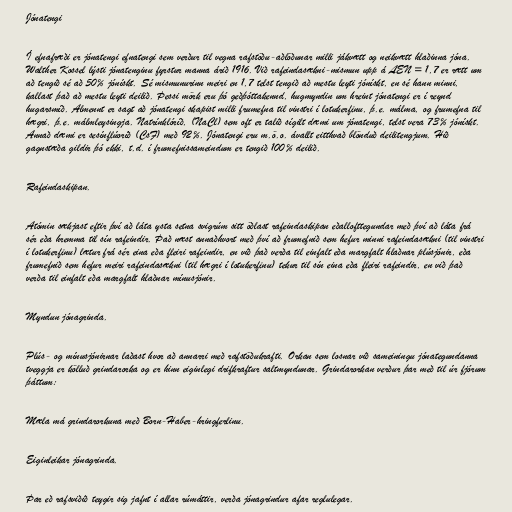
Jónatengi

Í efnafræði er jónatengi efnatengi sem verður til vegna rafstöðu-aðlöðunar milli jákvætt og neikvætt hlaðinna jóna.
Walther Kossel lýsti jónatenginu fyrstur manna árið 1916. Við rafeindasækni-mismun upp á ΔEN = 1,7 er rætt um
að tengið sé að 50% jónískt. Sé mismunurinn meiri en 1,7 telst tengið að mestu leyti jónískt, en sé hann minni,
kallast það að mestu leyti deilið. Þessi mörk eru þó geðþóttakennd, hugmyndin um hreint jónatengi er í reynd
hugarsmíð. Almennt er sagt að jónatengi skapist milli frumefna til vinstri í lotukerfinu, þ.e. málma, og frumefna til
hægri, þ.e. málmleysingja. Natrínklóríð, (NaCl) sem oft er talið sígilt dæmi um jónatengi, telst vera 73% jónískt.
Annað dæmi er sesínflúoríð (CsF) með 92%. Jónatengi eru m.ö.o. ávallt eitthvað blönduð deilitengjum. Hið
gagnstæða gildir þó ekki, t.d. í frumefnissameindum er tengið 100% deilið.

Rafeindaskipan.

Atómin sækjast eftir því að láta ysta setna svigrúm sitt öðlast rafeindaskipan eðallofttegundar með því að láta frá
sér eða hremma til sín rafeindir. Það næst annaðhvort með því að frumefnið sem hefur minni rafeindasækni (til vinstri
í lotukerfinu) lætur frá sér eina eða fleiri rafeindir, en við það verða til einfalt eða margfalt hlaðnar plúsjónir, eða
frumefnið sem hefur meiri rafeindasækni (til hægri í lotukerfinu) tekur til sín eina eða fleiri rafeindir, en við það
verða til einfalt eða margfalt hlaðnar mínusjónir.

Myndun jónagrinda.

Plús- og mínusjónirnar laðast hvor að annarri með rafstöðukrafti. Orkan sem losnar við sameiningu jónategundanna
tveggja er kölluð grindarorka og er hinn eiginlegi drifkraftur saltmyndunar. Grindarorkan verður þar með til úr fjórum
þáttum:

Mæla má grindarorkuna með Born-Haber-hringferlinu.

Eiginleikar jónagrinda.

Þar eð rafsviðið teygir sig jafnt í allar rúmáttir, verða jónagrindur afar reglulegar.